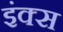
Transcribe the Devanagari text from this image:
इंक्स